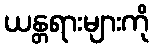
ယန္တရားများကို